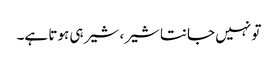
تو نہیں جانتا شیر، شیر ہی ہوتا ہے۔